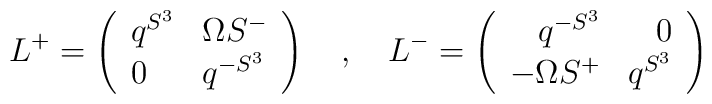
L^+=\left(\begin{array}{ll}q^{S^3} & \Omega S^-\\0 & q^{-S^3}\end{array}\right)\ \ \ ,\ \ \ L^-=\left(\begin{array}{rr}q^{-S^3} & 0\\-\Omega S^+ & q^{S^3}\end{array}\right)